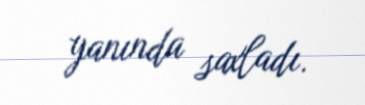
yanında saxladı.